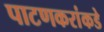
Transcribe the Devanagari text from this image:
पाटणकरांकडे